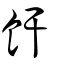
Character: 飦